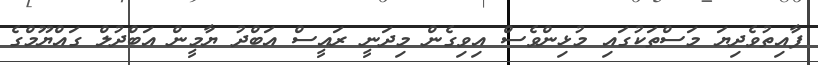
ފާއިތުވެދިޔަ މަސްތަކުގައި މުޅިންވެސް އިވިގެން މިދަނީ ރައީސް އަބްދު ޔާމީން އަބްދުލް ގައްޔޫމްގެ